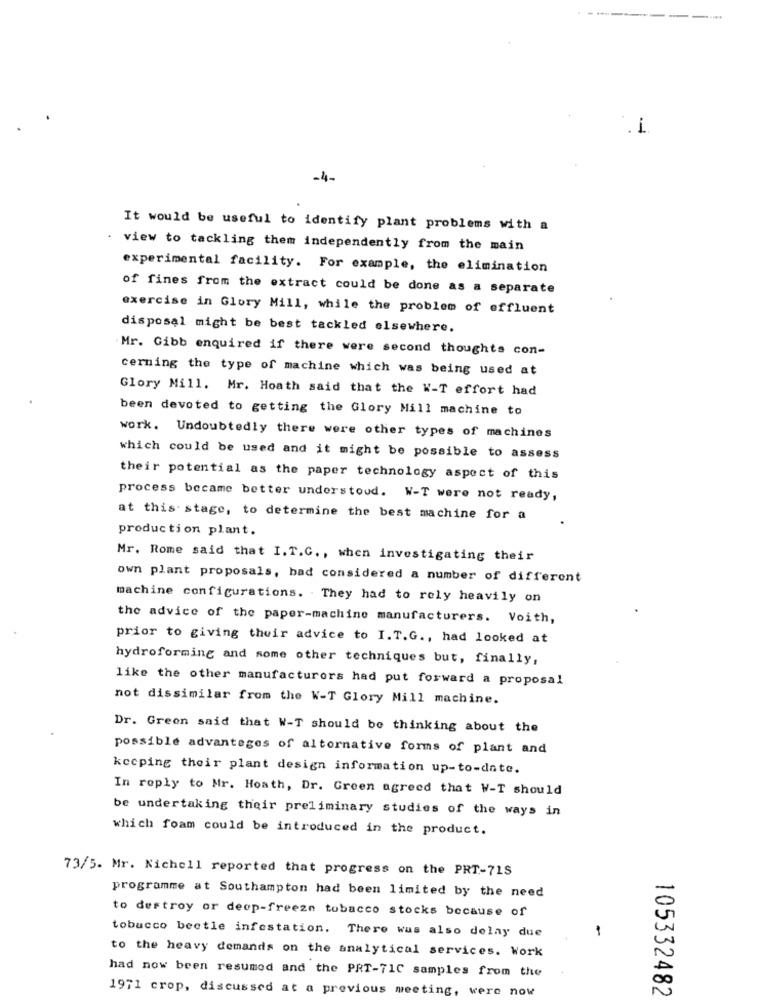
-4-
It would be useful to identify plant problems with a
. view to tackling them independently from the main
experimental facility. For example, the elimination
of fines from the extract could be done as a separate
exercise in Glory Mill, while the problem of effluent
disposal might be best tackled elsewhere.
Mr. Gibb enquired if there were second thoughts con-
cerning the type of machine which was being used at
Glory Mill. Mr. Hoath said that the W-T effort had
been devoted to getting the Glory Mill machine to
work. Undoubtedly there were other types of machines
which could be used and it might be possible to assess
their potential as the paper technology aspect of this
process became better understood. W-T were not ready,
at this stage, to determine the best machine for a
production plant.
Mr. Rome said that I. T.C ., when investigating their
own plant proposals, bad considered a number of different
machine configurations. They had to rely heavily on
the advice of the paper-machine manufacturers. Voith,
prior to giving their advice to I.T.G ., had looked at
hydroforming and some other techniques but, finally,
like the other manufacturers had put forward a proposal
not dissimilar from the W-T Glory Mill machine.
Dr. Green said that W-T should be thinking about the
possible advantages of alternative forms of plant and
keeping their plant design information up-to-date.
In reply to Mr. Hoath, Dr. Green agreed that W-T should
be undertaking their preliminary studies of the ways in
which foam could be introduced in the product.
73/5. Mr. Nichell reported that progress on the PRT-71S
programme at Southampton had been limited by the need
to destroy or deep-freeze tobacco stocks because of
tobacco beetle infestation. There was also delay due
-
to the heavy demands on the analytical services. Work
had now been resumed and the PRT-71C samples from the
1971 crop, discussed at a previous meeting, were now
105332482